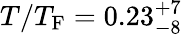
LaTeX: T/T_{\mathrm{F}}=0.23_{-8}^{+7}